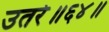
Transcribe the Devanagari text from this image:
उतरे॥६४॥